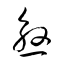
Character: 慇